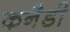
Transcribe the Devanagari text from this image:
कनैडी